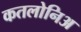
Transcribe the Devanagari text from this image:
कतलोनिअ